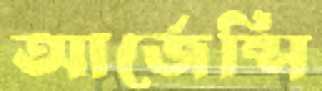
আর্জেন্সি